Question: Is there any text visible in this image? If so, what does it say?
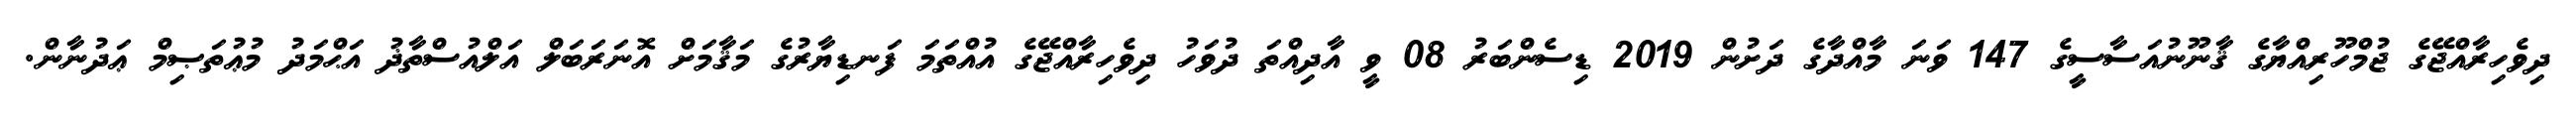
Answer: ދިވެހިރާއްޖޭގެ ޖުމްހޫރިއްޔާގެ ޤާނޫނުއަސާސީގެ 147 ވަނަ މާއްދާގެ ދަށުން 2019 ޑިސެންބަރު 08 ވީ އާދިއްތަ ދުވަހު ދިވެހިރާއްޖޭގެ އުއްތަމަ ފަނޑިޔާރުގެ މަޤާމަށް އޮނަރަބަލް އަލްއުސްތާޛު އަޙްމަދު މުޢުތަޞިމް ޢަދުނާން.